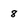
Character: 8